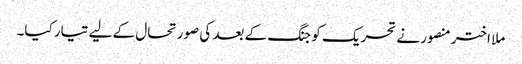
ملا اختر منصور نے تحریک کو جنگ کے بعد کی صورتحال کے لیے تیار کیا۔